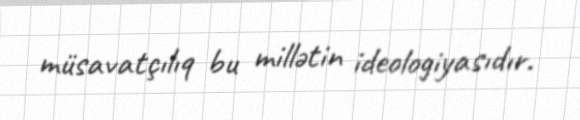
müsavatçılıq bu millətin ideologiyasıdır.